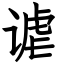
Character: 谑